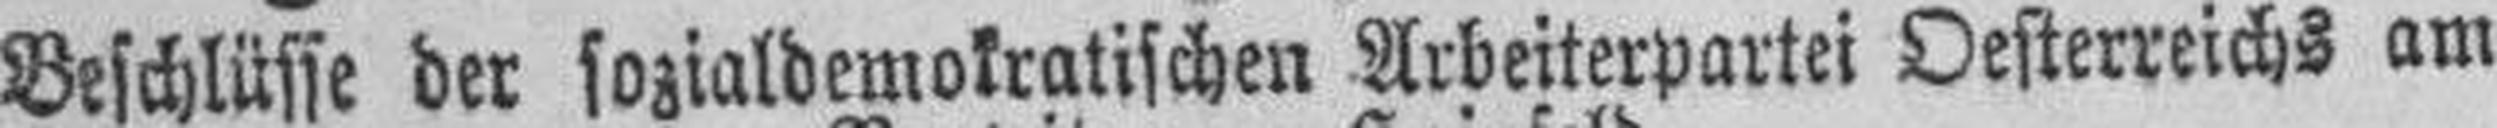
Beschlüsse der sozialdemokratischen Arbeiterpartei Oesterreichs am